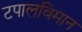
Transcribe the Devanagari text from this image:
टपालविमान